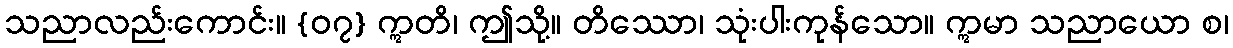
သညာလည်းကောင်း။ {၀၇} ဣတိ၊ ဤသို့။ တိဿော၊ သုံးပါးကုန်သော။ ဣမာ သညာယော စ၊